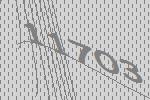
11703